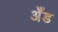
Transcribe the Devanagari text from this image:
अँड